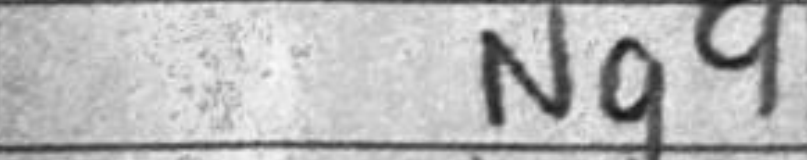
Transcription: Ng4